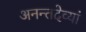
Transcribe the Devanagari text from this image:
अनन्तदेव्यां